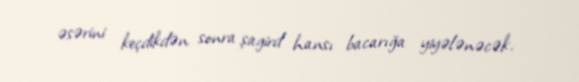
əsərini keçdikdən sonra şagird hansı bacarığa yiyələnəcək.